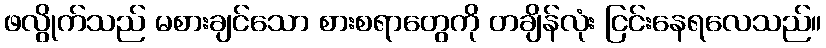
ဖလွိုက်သည် မစားချင်သော စားစရာတွေကို တချိန်လုံး ငြင်းနေရလေသည်။